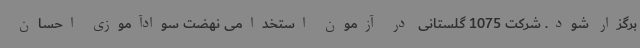
برگزار شود. شرکت 1075 گلستانی در آزمون استخدامی نهضت سوادآموزی احسان